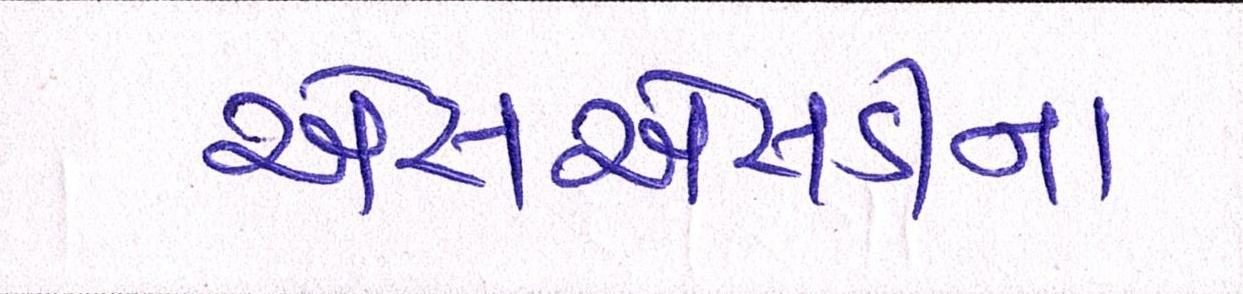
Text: એસએસડીના